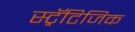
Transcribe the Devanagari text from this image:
स्ट्रॅटिजिक